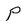
Character: P